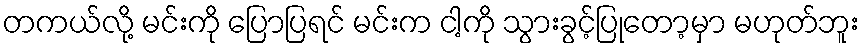
တကယ်လို့ မင်းကို ပြောပြရင် မင်းက ငါ့ကို သွားခွင့်ပြုတော့မှာ မဟုတ်ဘူး